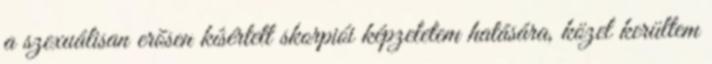
a szexuálisan erõsen kísértett skorpiói képzeletem hatására, közel kerültem